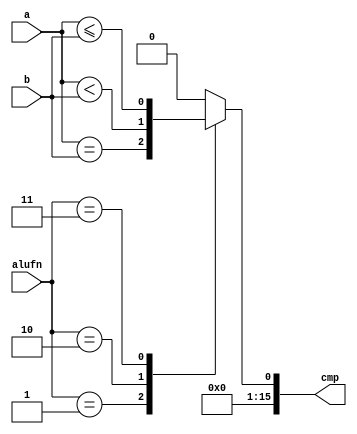
/*
   This file was generated automatically by the Mojo IDE version B1.3.6.
   Do not edit this file directly. Instead edit the original Lucid source.
   This is a temporary file and any changes made to it will be destroyed.
*/

module compare_6 (
    input [15:0] a,
    input [15:0] b,
    input [1:0] alufn,
    output reg [15:0] cmp
  );
  
  
  
  always @* begin
    cmp = 16'h0000;
    
    case (alufn)
      2'h1: begin
        cmp[0+0-:1] = a == b;
      end
      2'h2: begin
        cmp[0+0-:1] = a < b;
      end
      2'h3: begin
        cmp[0+0-:1] = a <= b;
      end
    endcase
  end
endmodule